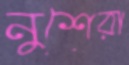
নুশেরা